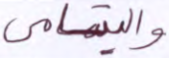
واليتامى